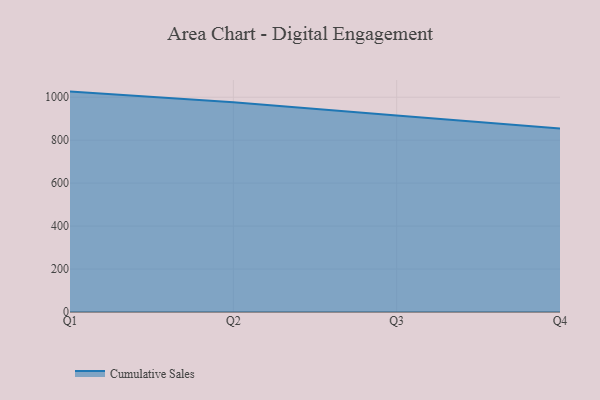
{"axis": {"x": "Quarter", "y": "Demand Index"}, "legend": ["Cumulative Sales"], "data": [{"x": "Q1", "y": 1026.1, "type": "Cumulative Sales"}, {"x": "Q2", "y": 976.3, "type": "Cumulative Sales"}, {"x": "Q3", "y": 914.9, "type": "Cumulative Sales"}, {"x": "Q4", "y": 854.8, "type": "Cumulative Sales"}]}